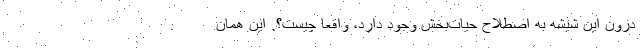
درون این شیشه به اصطلاح حیات‌بخش وجود دارد، واقعا چیست؟. این همان